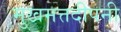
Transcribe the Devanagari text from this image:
मुखमत्तदीपनी